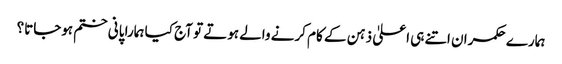
ہمارے حکمران اتنے ہی اعلیٰ ذہن کے کام کرنے والے ہوتے تو آج کیا ہمارا پانی ختم ہوجاتا؟